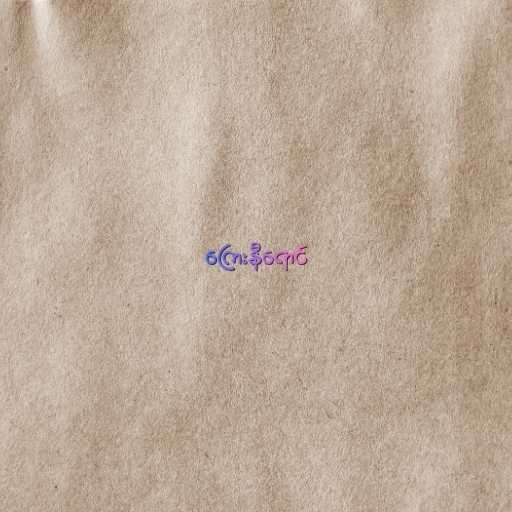
ကြေးနီရောင်